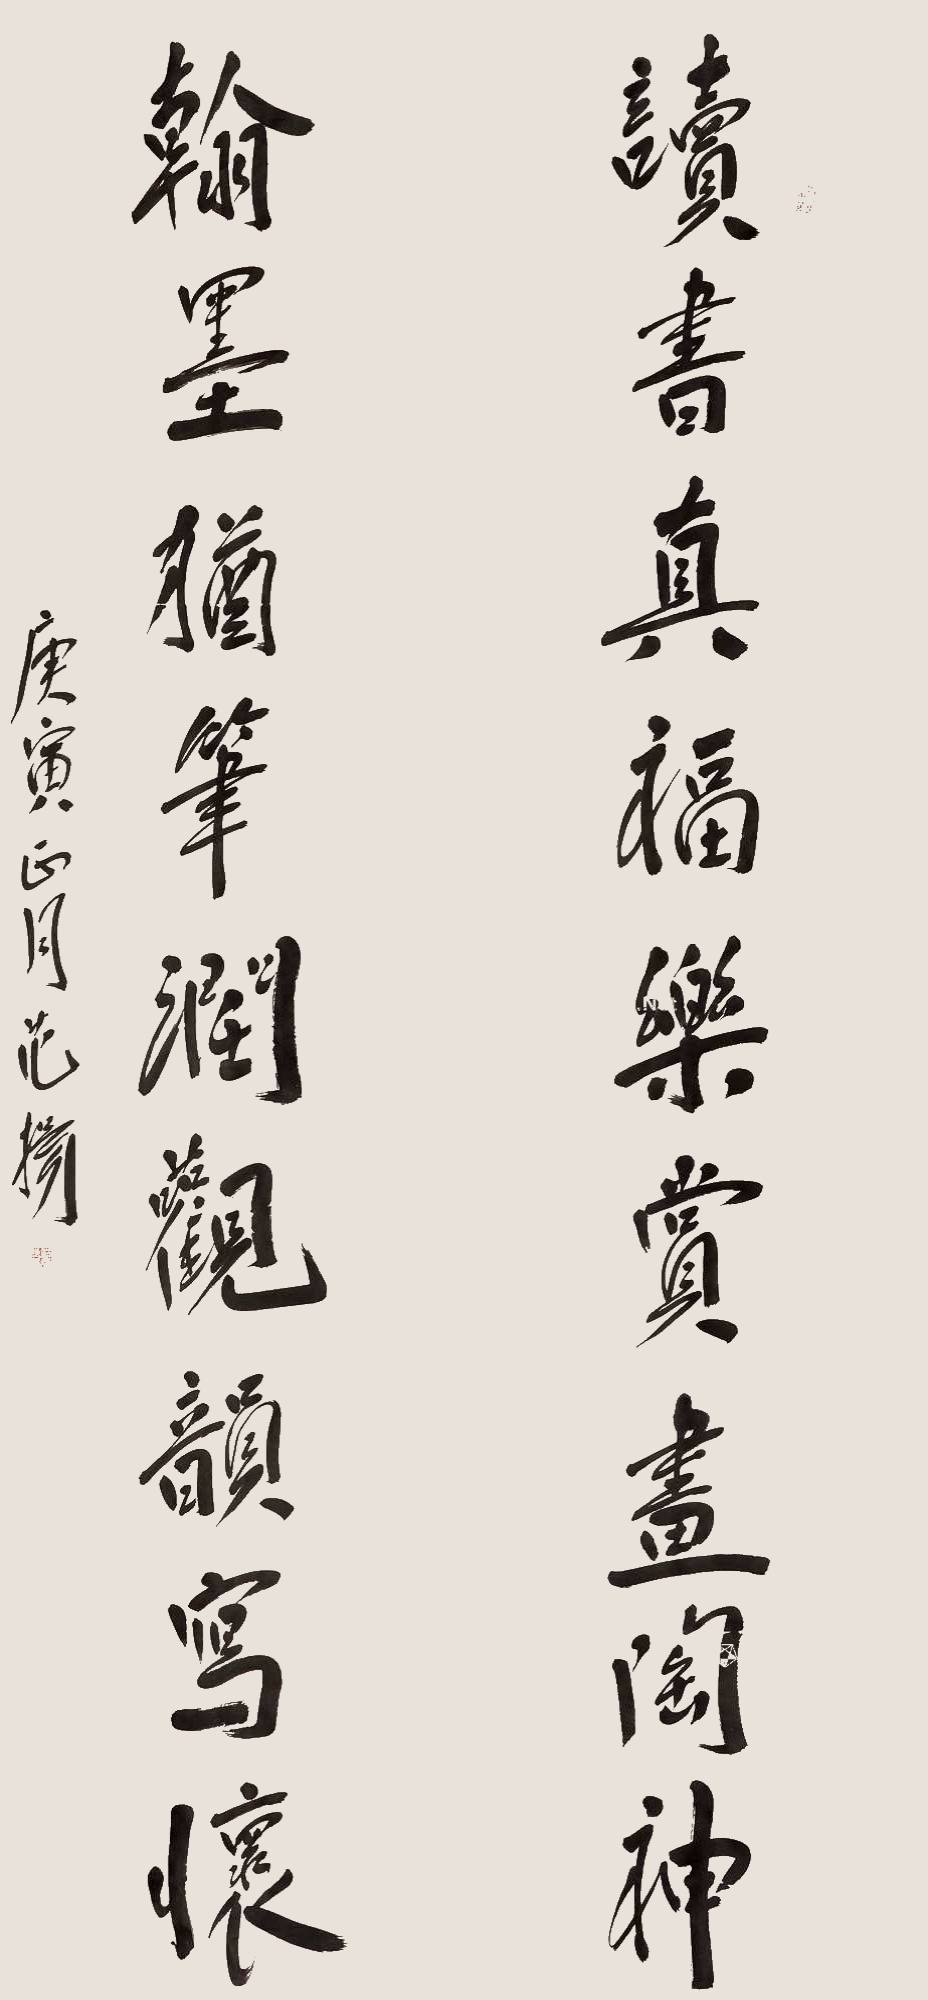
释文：读书真福乐赏画陶神，翰墨犹笔润观韵写怀。庚寅正月，范扬。